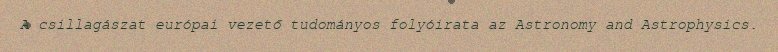
A csillagászat európai vezető tudományos folyóirata az Astronomy and Astrophysics.